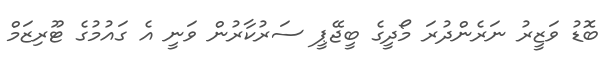
ބޮޑު ވަޒީރު ނަރެންދުރަ މޯދީގެ ބީޖޭޕީ ސަރުކާރުން ވަނީ އެ ގައުމުގެ ޓޫރިޒަމް